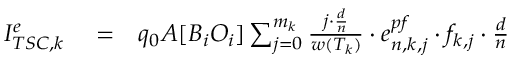
\begin{array} { r l r } { I _ { T S C , k } ^ { e } } & { { } = } & { q _ { 0 } A [ B _ { i } O _ { i } ] \sum _ { j = 0 } ^ { m _ { k } } { \frac { j \cdot { \frac { d } { n } } } { w ( T _ { k } ) } } \cdot e _ { n , k , j } ^ { p f } \cdot f _ { k , j } \cdot { \frac { d } { n } } } \end{array}